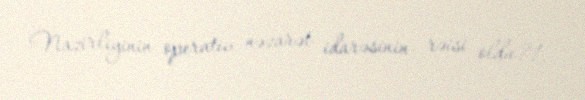
Nazirliyinin operativ nəzarət idarəsinin rəisi oldu?!.